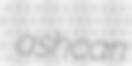
ashcan